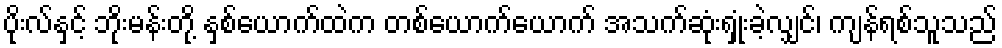
ပိုးလ်နှင့် ဘိုးမန်းတို့ နှစ်ယောက်ထဲက တစ်ယောက်ယောက် အသက်ဆုံးရှုံးခဲ့လျှင်၊ ကျန်ရစ်သူသည်